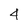
Character: 4